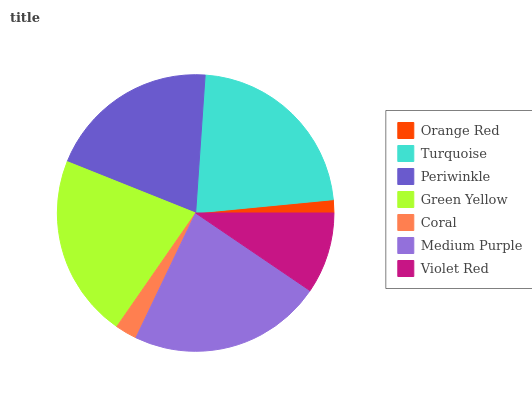
| Orange Red | Turquoise | Periwinkle | Green Yellow | Coral | Medium Purple | Violet Red |
 | --- | --- | --- | --- | --- | --- | --- |
 | 1.53% | 22.4% | 20.1% | 21.3% | 2.55% | 22.6% | 9.49% |